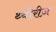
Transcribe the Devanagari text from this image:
थ्योरीज़